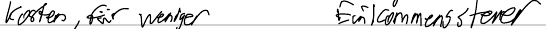
Kosten, für weniger   Einkommenssteuer